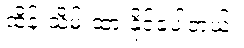
ထိန်းသိမ်းထားနိုင်ခဲ့ပါတယ်။